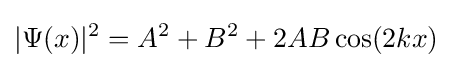
|\Psi (x)|^{2}=A^{2}+B^{2}+2AB\cos(2kx)